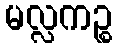
မလ္လကဉ္စ